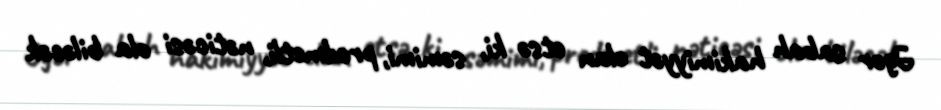
Əgər sabah hakimiyyət elan etsə ki, səmimi, predmetli, nəticəsi ola biləcək